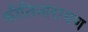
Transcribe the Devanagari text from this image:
कीतिनारायण